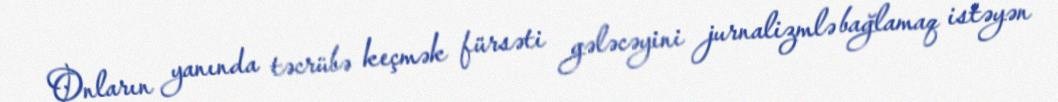
Onların yanında təcrübə keçmək fürsəti gələcəyini jurnalizmlə bağlamaq istəyən